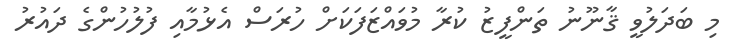
މި ބަދަލުވީ ޤާނޫނު ތަންފީޒު ކުރާ މުވައްޒަފަކަށް ހުރަސް އެޅުމާއި ފުލުހުންގެ ދައުރު